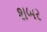
શબર